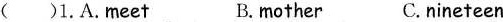
( ） 1. A. Meet B. mother C. nineteen